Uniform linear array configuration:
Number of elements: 4
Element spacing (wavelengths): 0.5
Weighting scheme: kaiser
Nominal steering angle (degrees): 60
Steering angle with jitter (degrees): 61.109
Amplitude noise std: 0.05
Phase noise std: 0.05

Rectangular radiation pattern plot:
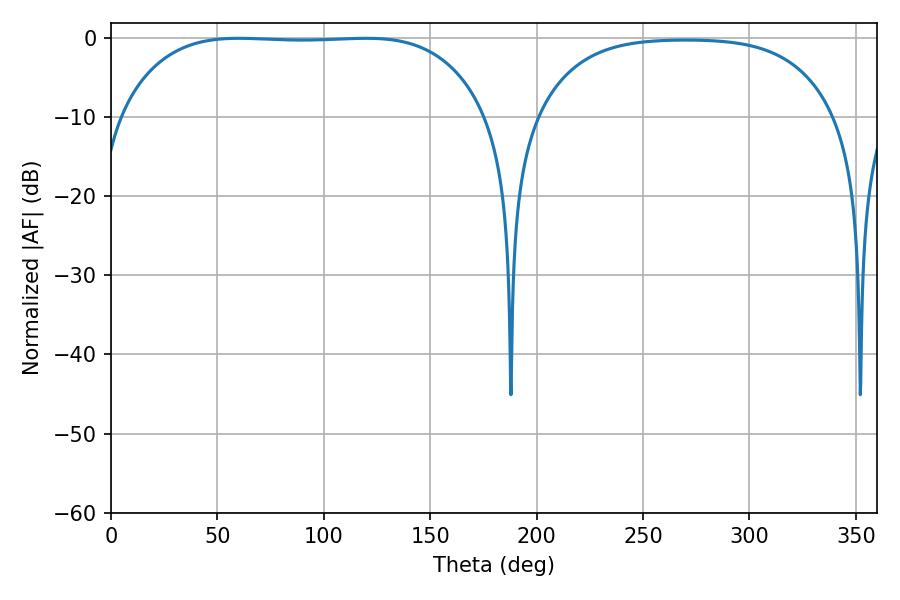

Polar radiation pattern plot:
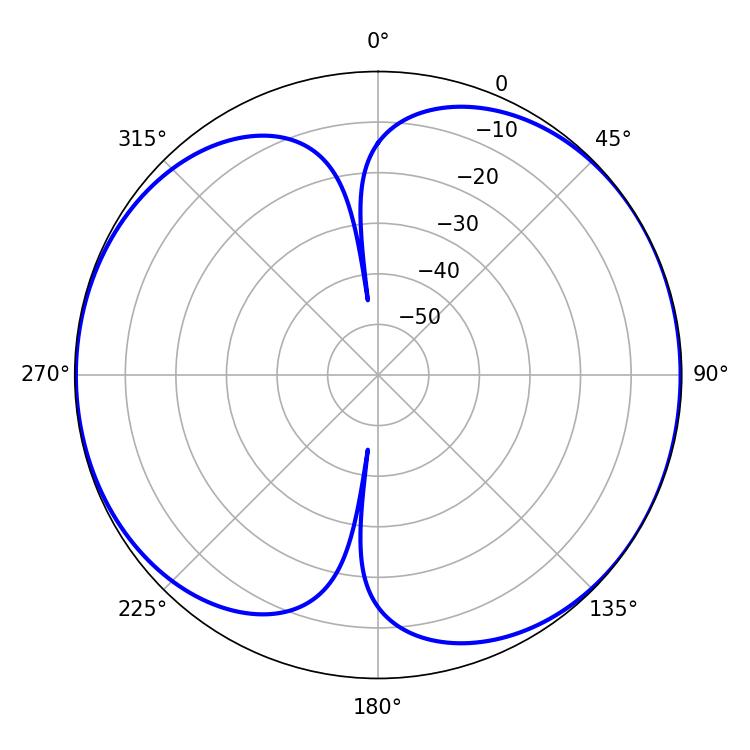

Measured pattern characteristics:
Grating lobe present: FALSE
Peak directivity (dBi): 7.149
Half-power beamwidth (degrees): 133.92
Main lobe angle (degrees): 60.12